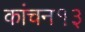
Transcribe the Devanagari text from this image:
कांचन१३